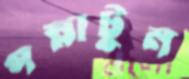
পস্নাটুন